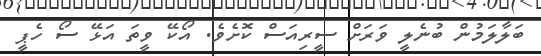
ބަލާލަމުން ބުނެލީ ވަރަށް ސީރިއަސް ކޮށެވެ. އޯކޭ ވީތަ އަޅޭ ސޯ ހެޕީ